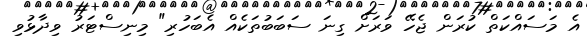
އެ މަސައްކަތް ކުރަން ޖެހޭ ވަރަށް ގިނަ ސަބަބުތަކެއް އެބަހުރި" މިނިސްޓަރު ވިދާޅުވި